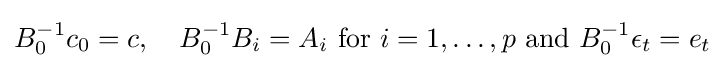
B_{0}^{-1}c_{0}=c,\quad B_{0}^{-1}B_{i}=A_{i}{\text{ for }}i=1,\dots ,p{\text{ and }}B_{0}^{-1}\epsilon _{t}=e_{t}